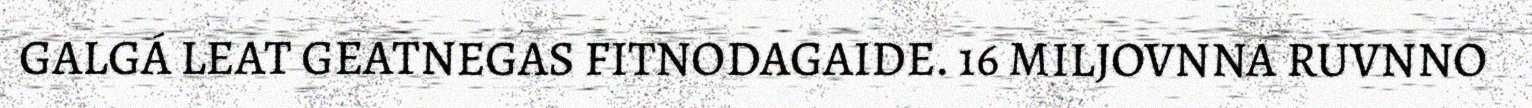
GALGÁ LEAT GEATNEGAS FITNODAGAIDE. 16 MILJOVNNA RUVNNO